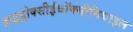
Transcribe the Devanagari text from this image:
हाइड्रोक्सीईथॉक्सीमिथाइल